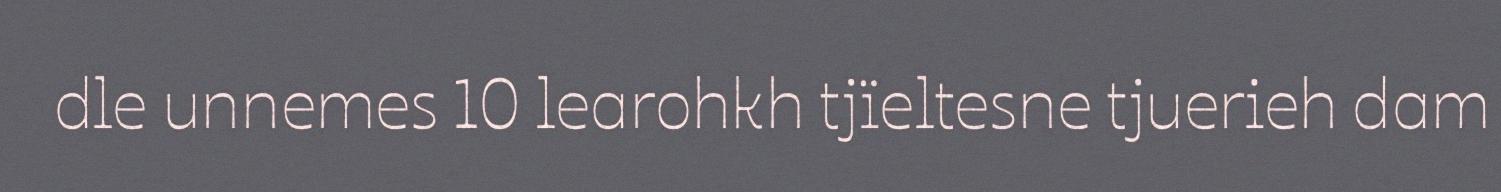
dle unnemes 10 learohkh tjïeltesne tjuerieh dam